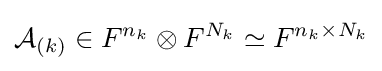
{\mathcal {A}}_{(k)}\in F^{n_{k}}\otimes F^{N_{k}}\simeq F^{n_{k}\times N_{k}}